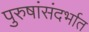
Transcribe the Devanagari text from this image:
पुरुषांसंदर्भात